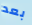
بعد